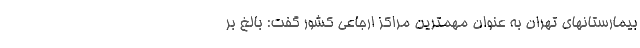
بیمارستانهای تهران به عنوان مهمترین مراکز ارجاعی کشور گفت: بالغ بر